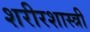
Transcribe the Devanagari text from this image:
शरीरशास्त्री